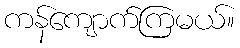
ကန်ကျောက်ကြမယ်။